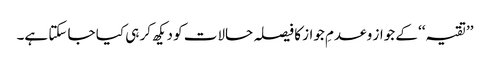
’’تقیہ‘‘ کے جواز و عدمِ جواز کا فیصلہ حالات کو دیکھ کر ہی کیا جا سکتا ہے۔